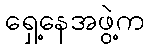
ရှေ့နေအဖွဲ့က